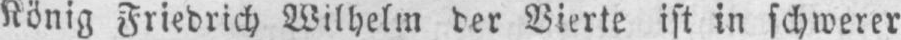
König Friedrich Wilhelm der Vierte ist in schwerer